Civil Veterinary Dept. Bombay admin report 1907-1913 - 1907-1913
Year: 1907
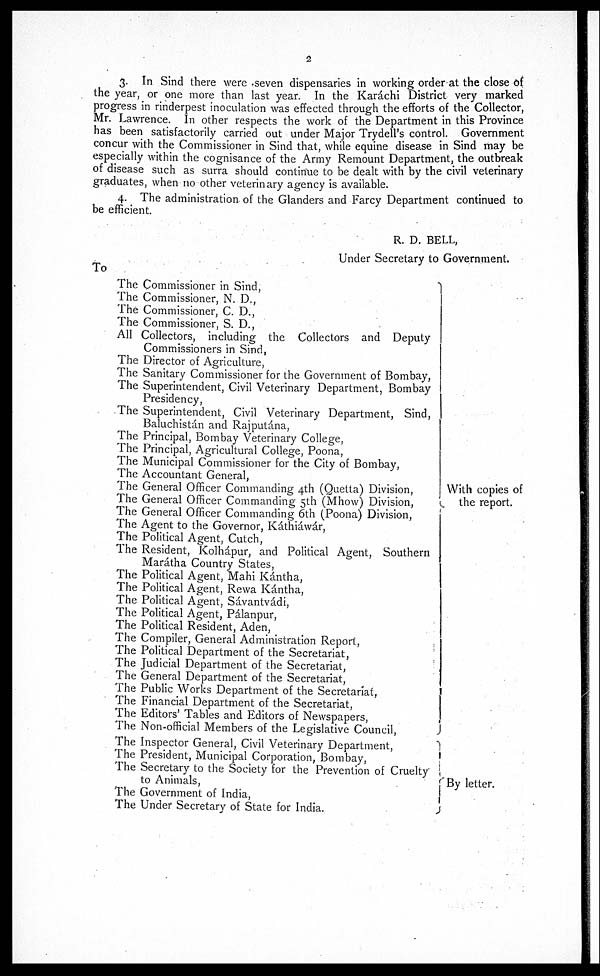
2
3. In Sind there were seven dispensaries in working order at the close of
the year, or one more than last year. In the Karáchi District very marked
progress in rinderpest inoculation was effected through the efforts of the Collector,
Mr. Lawrence. In other respects the work of the Department in this Province
has been satisfactorily carried out under Major Trydell's control. Government
concur with the Commissioner in Sind that, while equine disease in Sind may be
especially within the cognisance of the Army Remount Department, the outbreak
of disease such as surra should continue to be dealt with by the civil veterinary
graduates, when no other veterinary agency is available.
4. The administration of the Glanders and Farcy Department continued to
be efficient.
R. D. BELL,
Under Secretary to Government.
To
The Commissioner in Sind,
The Commissioner, N. D.,
The Commissioner, C. D.,
The Commissioner, S. D.,
All Collectors, including the Collectors and Deputy
Commissioners in Sind,
The Director of Agriculture,
The Sanitary Commissioner for the Government of Bombay,
The Superintendent, Civil Veterinary Department, Bombay
Presidency,
The Superintendent, Civil Veterinary Department, Sind,
Baluchistán and Rajputána,
The Principal, Bombay Veterinary College,
The Principal, Agricultural College, Poona,
The Municipal Commissioner for the City of Bombay,
The Accountant General,
The General Officer Commanding 4th (Quetta) Division,
The General Officer Commanding 5th (Mhow) Division,
The General Officer Commanding 6th (Poona) Division,
The Agent to the Governor, Káthiáwár,
The Political Agent, Cutch,
The Resident, Kolhápur, and Political Agent, Southern
Marátha Country States,
The Political Agent, Mahi Kántha,
The Political Agent, Rewa Kántha,
The Political Agent, Sávantvádi,
The Political Agent, Pálanpur,
The Political Resident, Aden,
The Compiler, General Administration Report,
The Political Department of the Secretariat,
The Judicial Department of the Secretariat,
The General Department of the Secretariat,
The Public Works Department of the Secretariat,
The Financial Department of the Secretariat,
The Editors' Tables and Editors of Newspapers,
The Non-official Members of the Legislative Council,
The Inspector General, Civil Veterinary Department,
The President, Municipal Corporation, Bombay,
The Secretary to the Society for the Prevention of Cruelty
to Animals,
The Government of India,
The Under Secretary of State for India.
With copies of
the report.
By letter.